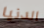
الدنيا